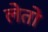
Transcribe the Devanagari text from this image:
लेतो